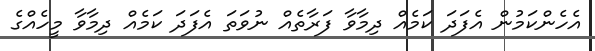
އެހެންކަމުން އެފަދަ ކަމެއް ދިމާވާ ފަރާތެއް ނުވަތަ އެފަދަ ކަމެއް ދިމާވާ މީހެއްގެ